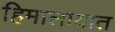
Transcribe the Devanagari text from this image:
हिमालायात